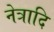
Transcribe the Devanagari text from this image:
नेत्रादि